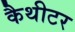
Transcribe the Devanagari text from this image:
कैथीटर